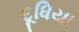
દૂધિયા